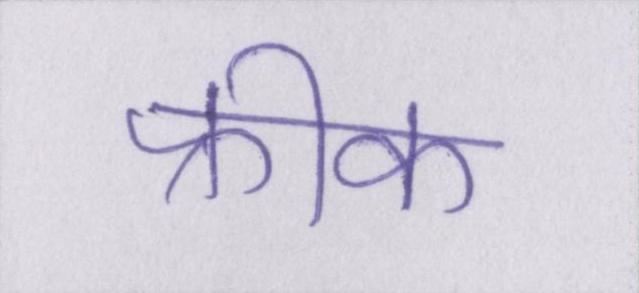
फ्रीक